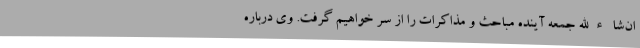
ان‌شاءالله جمعه آینده مباحث و مذاکرات را از سر خواهیم گرفت. وی درباره